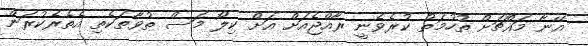
އޭނާ މައްޗަށް ތުހުމަތު ކުރެވެނީ ރާއްޖެއަށް އަށް ކިލޯ މަސް ތުވާތަކެތި އެތެރެކުރަން